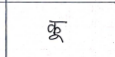
मजकूर: कू